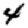
Digit: 4